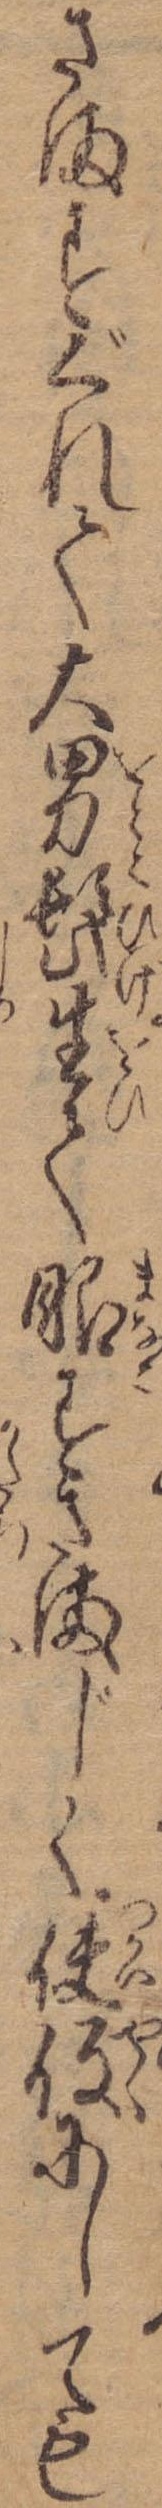
さますぐれて大男髭生て眼すさまじく使役にしても